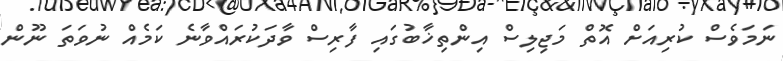
ނަމަވެސް ކުރިއަށް އޮތް މަޖިލިސް އިންތިޚާބުގައި ފާރިސް ވާދަކުރައްވާނެ ކަމެއް ނުވަތަ ނޫން